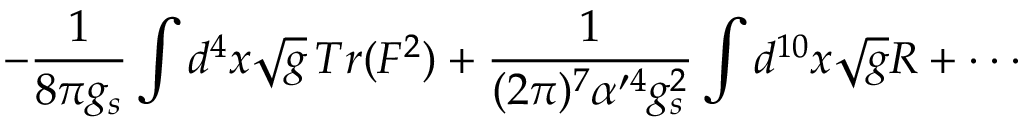
- \frac { 1 } { 8 \pi g _ { s } } \int d ^ { 4 } x \sqrt { g } \, T r ( F ^ { 2 } ) + \frac { 1 } { ( 2 \pi ) ^ { 7 } \alpha ^ { \prime 4 } g _ { s } ^ { 2 } } \int d ^ { 1 0 } x \sqrt { g } R + \cdot \cdot \cdot